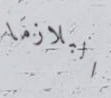
البلازما